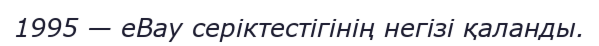
1995 — eBay серіктестігінің негізі қаланды.